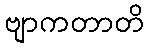
ဗျာကတာတိ